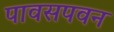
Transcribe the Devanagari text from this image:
पावसपवन